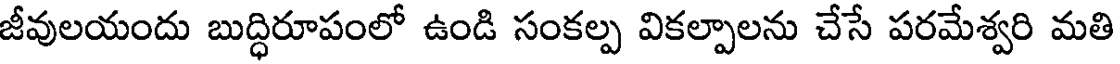
జీవులయందు బుద్ధిరూపంలో ఉండి సంకల్ప వికల్పాలను చేసే పరమేశ్వరి మతి